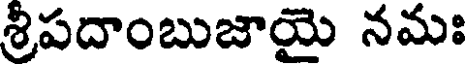
శ్రీపదాంబుజాయై నమః